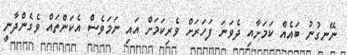
ނޭނގުނު ބައެއް ކަމަށާއި ދެވަނަ ފަހަރަށް ވެރިކަމަށް އައި ނަމަވެސް އެކަންތައް ވެގެންދާނީ